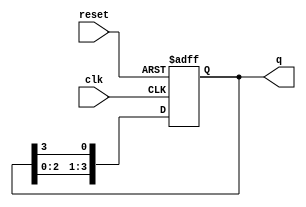
module ring_counter (
    input wire clk,          // Clock input
    input wire reset,        // Asynchronous reset input
    output reg [3:0] q       // 4-bit output
);

// Always block for the ring counter behavior
always @(posedge clk or posedge reset) begin
    if (reset) begin
        // Initialize to the first state
        q <= 4'b0001;      // Set the first flip-flop
    end else begin
        // Shift the '1' to the left in the ring
        q <= {q[2:0], q[3]}; // Shift left and wrap around
    end
end

endmodule